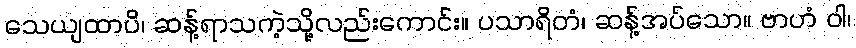
သေယျထာပိ၊ ဆန့်ရာသကဲ့သို့လည်းကောင်း။ ပသာရိတံ၊ ဆန့်အပ်သော။ ဗာဟံ ဝါ၊